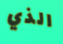
الذي